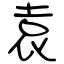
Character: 袁